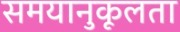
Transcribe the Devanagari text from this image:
समयानुकूलता